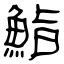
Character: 鮨